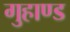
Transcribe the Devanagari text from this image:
गुहाण्ड